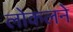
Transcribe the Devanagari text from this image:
लोकलने